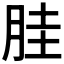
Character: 胿